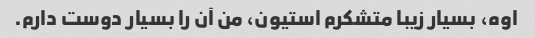
اوه، بسیار زیبا متشکرم استیون، من آن را بسیار دوست دارم.